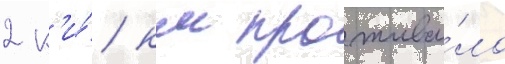
2 к'и́/ км прожива́ло